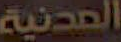
المدنية